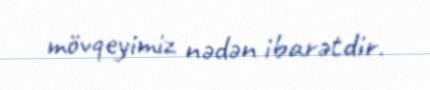
mövqeyimiz nədən ibarətdir.